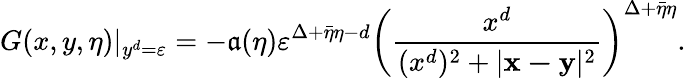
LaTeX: G(x,y,\eta)|_{y^{d}=\varepsilon}=-\mathfrak{a}(\eta)\varepsilon^{\Delta+\bar{{\eta}}\eta-d}\left(\frac{{x^{d}}}{{(x^{d})^{2}+|\mathbf{{x-y}}|^{2}}}\right)^{\Delta+\bar{{\eta}}\eta}.